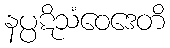
နပ္ပဋိသံဝေဒေတိ